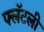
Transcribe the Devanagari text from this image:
फ्लॅटली